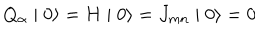
Q _ { \alpha } \mid 0 \rangle = H \mid 0 \rangle = J _ { m n } \mid 0 \rangle = 0